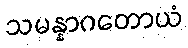
သမန္နာဂတောယံ